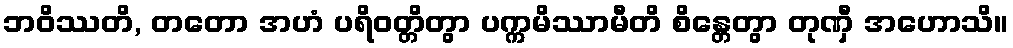
ဘဝိဿတိ, တတော အဟံ ပရိဝတ္တိတွာ ပက္ကမိဿာမီတိ စိန္တေတွာ တုဏှီ အဟောသိ။